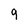
Character: q